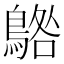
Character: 𱈰